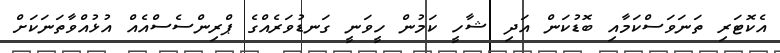
އެކޮޓަރި ތަނަވަސްކަމާއި ބޮޑުކަން އަދި ޝާހީ ކަމުން ހީވަނީ ގަނޑުވަރެއްގެ ޕްރިންސެސްއެއް އުޅުއްވާތަނަކަށް